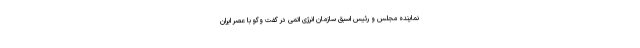
نماینده مجلس و رئیس اسبق سازمان انرژی اتمی در گفت وگو با عصر ایران